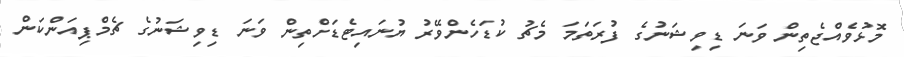
މޮޅުވެއްޖެތިން ވަނަ ޑިވިޝަނުގެ ފުރަތަމަ މެޗު ކުޑަހެންވޭރު ޔުނައިޓެޑަށްތިން ވަނަ ޑިވިޝަނުގެ ޗެމްޕިއަންކަން